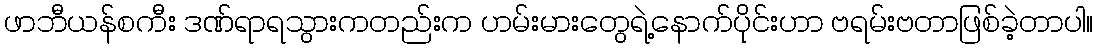
ဖာဘီယန်စကီး ဒဏ်ရာရသွားကတည်းက ဟမ်းမားတွေရဲ့နောက်ပိုင်းဟာ ဗရမ်းဗတာဖြစ်ခဲ့တာပါ။